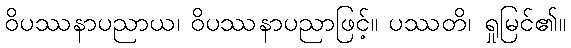
ဝိပဿနာပညာယ၊ ဝိပဿနာပညာဖြင့်။ ပဿတိ၊ ရှုမြင်၏။